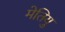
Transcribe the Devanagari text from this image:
मेतियु